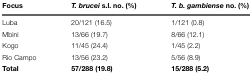
<table><thead><tr><td><b>Focus</b></td><td><b><i>T. brucei</i> s.l. no. (%)</b></td><td><b><i>T. b. gambiense</i> no. (%)</b></td></tr></thead><tbody><tr><td>Luba</td><td>20/121 (16.5)</td><td>1/121 (0.8)</td></tr><tr><td>Mbini</td><td>13/66 (19.7)</td><td>8/66 (12.1)</td></tr><tr><td>Kogo</td><td>11/45 (24.4)</td><td>1/45 (2.2)</td></tr><tr><td>Rio Campo</td><td>13/56 (23.2)</td><td>5/56 (8.9)</td></tr><tr><td><b>Total</b></td><td><b>57/288 (19.8)</b></td><td><b>15/288 (5.2)</b></td></tr></tbody></table>